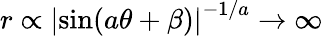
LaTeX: r\propto\left|\sin(a\theta+\beta)\right|^{-1/a}\to\infty